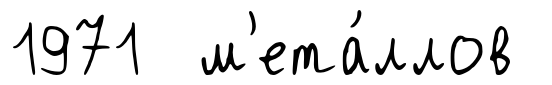
1971 м'ета́ллов